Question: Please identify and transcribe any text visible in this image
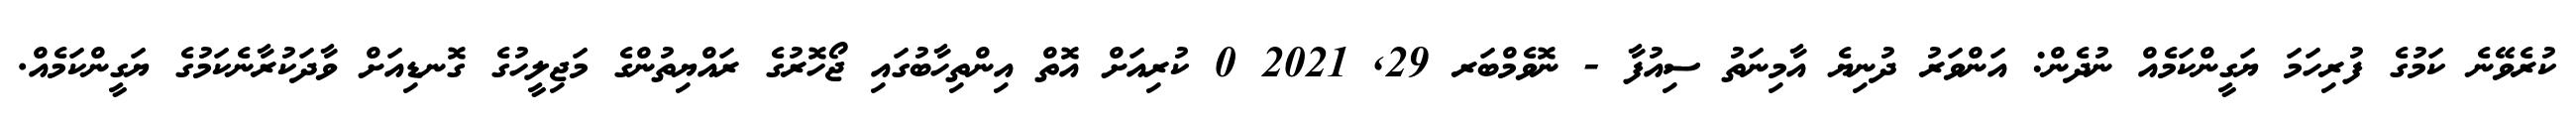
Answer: ކުރެވޭނެ ކަމުގެ ފުރިހަމަ ޔަގީންކަމެއް ނުދެން: އަންވަރު ދުނިޔެ އާމިނަތު ސިއުފާ - ނޮވެމްބަރ 29, 2021 0 ކުރިއަށް އޮތް އިންތިހާބުގައި ޖޯހޮރުގެ ރައްޔިތުންގެ މަޖިލީހުގެ ގޮނޑިއަށް ވާދަކުރާނެކަމުގެ ޔަގީންކަމެއް.